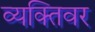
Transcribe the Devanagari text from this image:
व्यक्तिवर